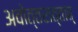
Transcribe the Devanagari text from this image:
अवोत्तरात्तात्